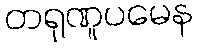
တရုဏူပမေန